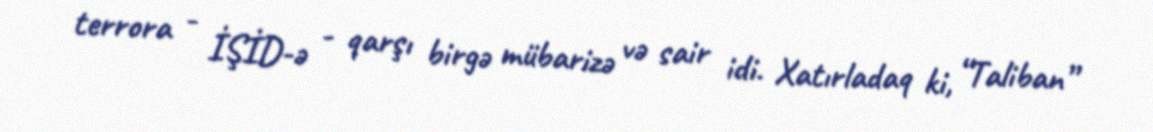
terrora - İŞİD-ə - qarşı birgə mübarizə və sair idi. Xatırladaq ki, “Taliban”